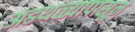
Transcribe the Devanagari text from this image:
अडथळ्यापासून